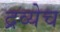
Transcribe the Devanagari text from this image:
द्रव्येच